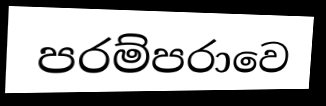
පරම්පරාවෙ